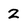
Character: z